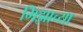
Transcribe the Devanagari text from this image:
गिझाच्या